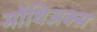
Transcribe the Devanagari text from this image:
मोंथिअक्स